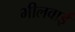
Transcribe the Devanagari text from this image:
भीलवाई